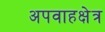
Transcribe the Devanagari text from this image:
अपवाहक्षेत्र